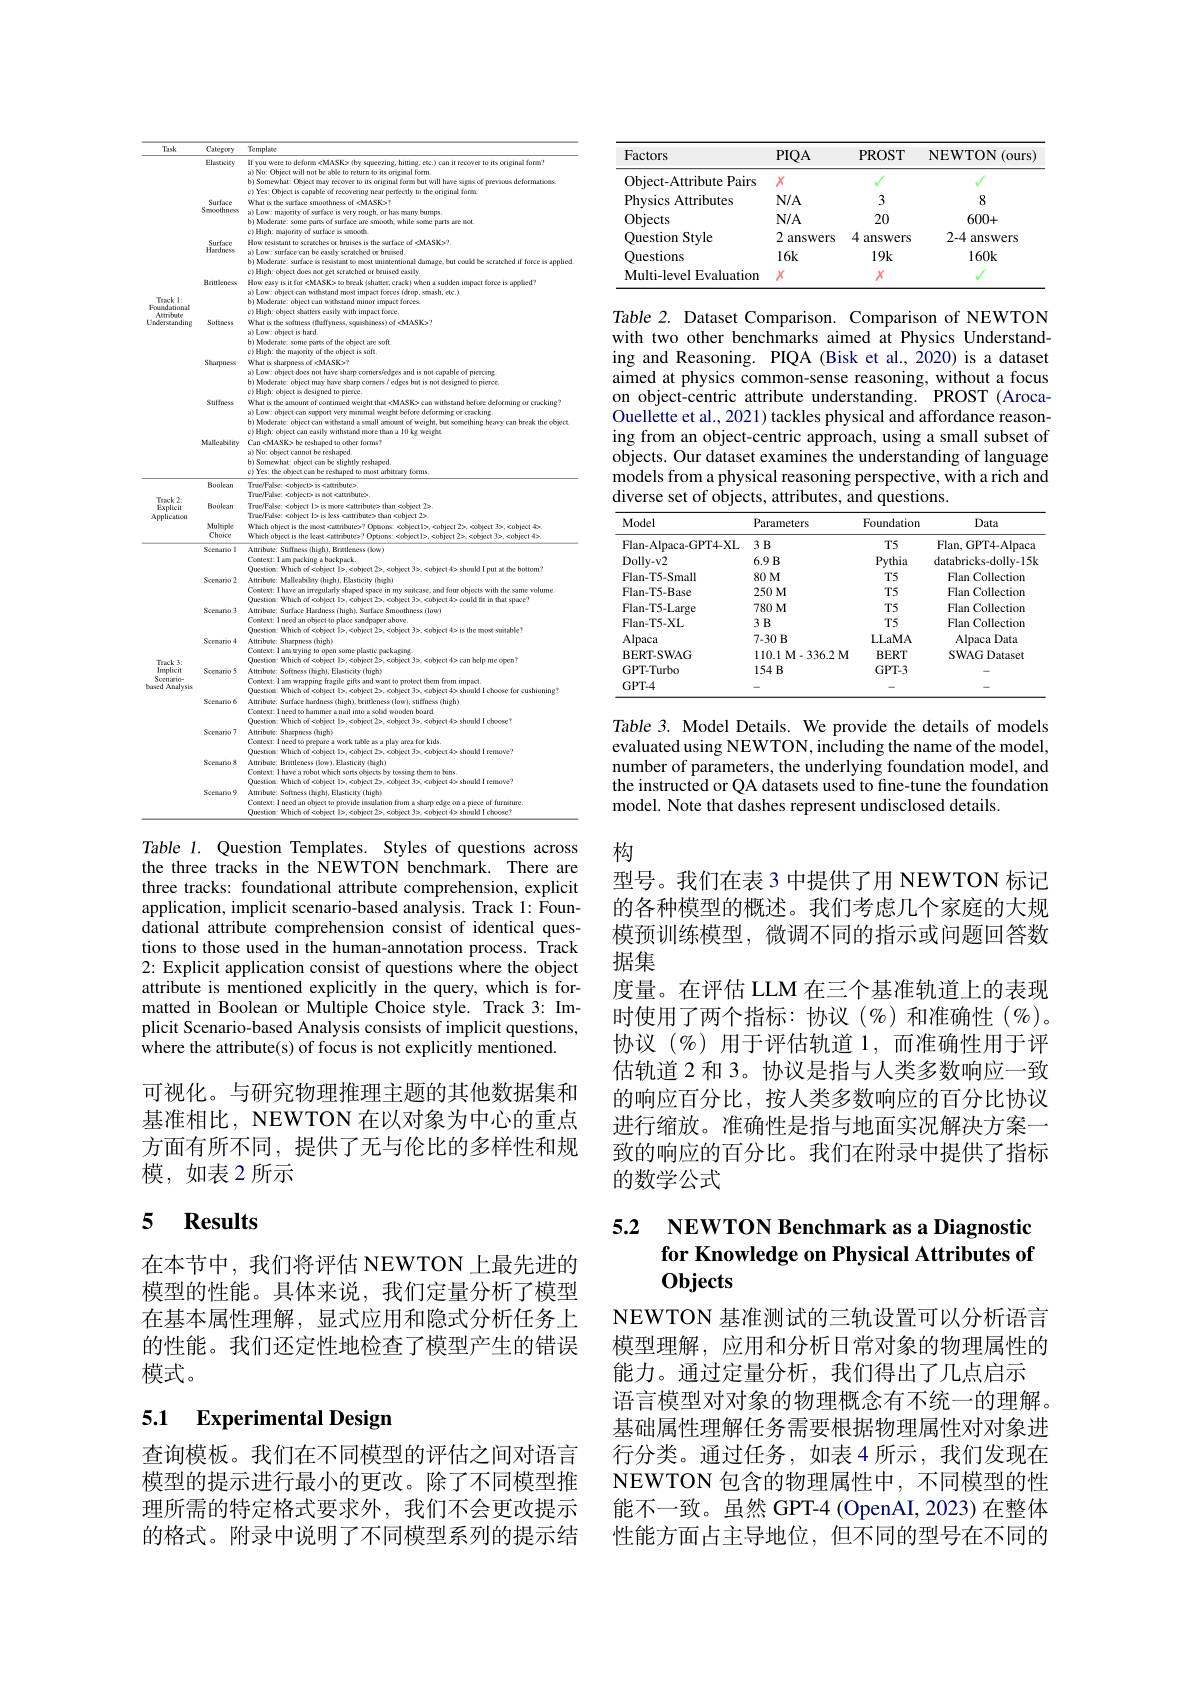
<table>
	<tbody>
		<tr>
			<th>$3sk$</th>
			<th>Category</th>
			<th>Template</th>
		</tr>
		<tr>
			<td> </td>
			<td>Elackticiry</td>
			<td>If you were to deform cMASK> (by squeezing, hittiag, etc.) can it recover to its original form? a) No: Object will not be abbe to return to its origimal form. b) Somewhat. Object may recover to its original forma but will have signs of previcas deformaticas c) Yes: Object is capable od recovering near perfectly to the original form</td>
		</tr>
		<tr>
			<td> </td>
			<td>Surfoce Smoothness</td>
			<td>What is the surface smoothness of cMASKs? a)Low: majonity of surface is very rough, or has many bumps. b) Moderate: some parts of surface are smocth, while scence parts are not c) High: majority od surface is smicodh</td>
		</tr>
		<tr>
			<td> </td>
			<td>SUTHKC Hardness</td>
			<td>b) Moderate: surface ks resistaat to most unintentional damage, but coušd be scratched if force is applie a) Low: surface can be easily scratched ce bruised C>Hieh $2sily$</td>
		</tr>
		<tr>
			<td>$\kappa k1:$ 1ational ribute</td>
			<td>Brittleness</td>
			<td>How easy is it for eMASKs to beeak (shutter, crack) when a sudden impoet force is appled? a) Low: object can withstand most impact forces (drop,smash, etc.) b) Moderate: object can wizhstand minor impact forces c) High: object shatters easily with impact force.</td>
		</tr>
		<tr>
			<td rowspan="4">$\kappa k1:$ 1ational ribute standing</td>
			<td>Ch</td>
			<td>a)Low: object is hard b) Moderate: some parts of the cbject are soft c) High: the majority of the object is soft.</td>
		</tr>
		<tr>
			<td>Sti M</td>
			<td>b) Moderate: object may have sharp corn c) High: cbject is designed to pierce s/ edges but is not designed to pierce</td>
		</tr>
		<tr>
			<td>Malle ability</td>
			<td>a) Low: object can support very minimal weight before deforming or cracking b) Moderate: object can withstand a small amount of weight, bot something heary can break the cobjec c) High: object can easily withstand more than a 10 kg weight Can cMASKs be reshared 10 other forms?</td>
		</tr>
		<tr>
			<td> </td>
			<td>b) Somewhat. object can be slightly reshaped c) Yes: the cbject cam be reshaped to most arbitrary forms.</td>
		</tr>
		<tr>
			<td rowspan="3">$\kappa k2:$ plicit ication</td>
			<td>Boolean</td>
			<td>True/False: <object> is <attribute> True/False: cobjects is mot cattnbutes</td>
		</tr>
		<tr>
			<td>Boolean</td>
			<td>True!False: <object l>is more éattribute> than écobject 2> TruefFalse: cobject Is is kess cattributes than cobject 25</td>
		</tr>
		<tr>
			<td>Multrple Choie</td>
			<td>wich object is the most camnbute stars pect. $\angle D$, ,1 oobject $,cobject4$ Whi</td>
		</tr>
		<tr>
			<td rowspan="3">$\kappa k2:$ plicit ication $ck3:$</td>
			<td>Scemario 1 T</td>
			<td>Attribute: Stiffuess (high), Brintleness (bow) Coutext: I am pocking a bockpack</td>
		</tr>
		<tr>
			<td>Scemario 2</td>
			<td>Questiom: Which of ecbject l>, <object Ž>, <cbject 3>, <object 4> shonld I put athe bottom? Attribuk: Malleability (high), Elssticity (high) Context: I have an imegularty shaped space in my suitcase, and four objects with the same volume</td>
		</tr>
		<tr>
			<td>Scemario 3</td>
			<td>Attribute: Surface Hardness (high), Surface Smoothness (low) Context: I need an object to place sandpaper above.</td>
		</tr>
		<tr>
			<td rowspan="6">$ck3:$ plicit nirio- Analysis</td>
			<td>Scemario 4</td>
			<td>Attribute: Sharpness (high) Coutext: I amn trying to open some plastic pockaging.</td>
		</tr>
		<tr>
			<td>Scemario 5</td>
			<td>Context: I am wrapping fragile gifts and want to protect them from impact. Attribuk: Softness Ohigh), Elasticity (high) Questicen: Which od cobject I>, cobject 25, cobject 3>, cobject 4> should I choose for cushioning?</td>
		</tr>
		<tr>
			<td>Scemario 6</td>
			<td>Attribute: Surface hardness (high), brittleness (low), stiffness (high) Coutext: I need to hammer a nail into a solad wooden board Questice: Which of ecbject |>,<object $2\Rightarrow,<$object 3>,<object 4> shonld I choose T</td>
		</tr>
		<tr>
			<td>Scemario 7</td>
			<td>Attribute: Sharpness (high) Coatext: I need to peepore a woek table as a play area for kids.</td>
		</tr>
		<tr>
			<td>Scemario 8</td>
			<td>Attribute: Brittleness (bow), Elasticity (high) Context: I have a robot which sorts cbjects by tossing them to bins. Owestice: Which od cobin ect 4> should I remowe?</td>
		</tr>
		<tr>
			<td>Scemario 9</td>
			<td>Attribute: Softness Ough), Elasticity (high) Coutext: I need an object to provide imsulation from a shaap eđge con a piece of furniture</td>
		</tr>
	</tbody>
</table>

Table 1. Question Templates. Styles of questions across the three tracks in the NEWTON benchmark. There are three tracks: foundational attribute comprehension, explicit application, implicit scenario-based analysis. Track 1: Foundational attribute comprehension consist of identical questions to those used in the human-annotation process. Track 2: Explicit application consist of questions where the object attribute is mentioned explicitly in the query, which is formatted in Boolean or Multiple Choice style. Track 3: Implicit Scenario-based Analysis consists of implicit questions, where the attribute(s) of focus is not explicitly mentioned.

可视化。与研究物理推理主题的其他数据集和基准相比，NEWTON 在以对象为中心的重点方面有所不同，提供了无与伦比的多样性和规模，如表 2 所示

# 5 $\mathbf{Results}$

在本节中，我们将评估 NEWTON 上最先进的模型的性能。具体来说，我们定量分析了模型在基本属性理解，显式应用和隐式分析任务上的性能。我们还定性地检查了模型产生的错误模式。

## 5.1 Experimental Design

查询模板。我们在不同模型的评估之间对语言模型的提示进行最小的更改。除了不同模型推理所需的特定格式要求外，我们不会更改提示的格式。附录中说明了不同模型系列的提示结

<table>
	<tbody>
		<tr>
			<th>Factors</th>
			<th>$PIQA$</th>
			<th>PROST</th>
			<th>NEWTON(ours)</th>
		</tr>
		<tr>
			<td>Object-Attribute ${\mathrm{e}}{\mathrm{Pairs}}$</td>
			<td>$X$</td>
			<td>T</td>
			<td>V</td>
		</tr>
		<tr>
			<td>Physics Attributes</td>
			<td>$N/A$</td>
			<td>3</td>
			<td>8</td>
		</tr>
		<tr>
			<td>Objects</td>
			<td>$N/A$</td>
			<td>20</td>
			<td>600+</td>
		</tr>
		<tr>
			<td>Question Style</td>
			<td>2 answers</td>
			<td>4 answers</td>
			<td>2-4 answers</td>
		</tr>
		<tr>
			<td>Questions</td>
			<td>$16k$</td>
			<td>$19k$</td>
			<td>$160k$</td>
		</tr>
		<tr>
			<td>Multi-level Evaluation</td>
			<td>$X$</td>
			<td>$X$</td>
			<td> </td>
		</tr>
	</tbody>
</table>

Table 2. Dataset Comparison. Comparison of NEWTON with two other benchmarks aimed at Physics Understanding and Reasoning. PIQA (Bisk et al., 2020) is a dataset aimed at physics common-sense reasoning, without a focus on object-centric attribute understanding. PROST (Aroca-) Ouellette et al., 2021) tackles physical and affordance reasoning from an object-centric approach, using a small subset of objects. Our dataset examines the understanding of language models from a physical reasoning perspective, with a rich and diverse set of objects, attributes, and questions.

<table>
	<tbody>
		<tr>
			<th>Model</th>
			<th>Parameters</th>
			<th>Foundation</th>
			<th>Data</th>
		</tr>
		<tr>
			<td>Flan-Alpaca-GPT4-XL</td>
			<td>$3B$</td>
			<td>$T5$</td>
			<td>Flan, GPT4- Alpaca</td>
		</tr>
		<tr>
			<td>Dolly- v2</td>
			<td>$6.9B$</td>
			<td>Pythia</td>
			<td>databricks-dolly-15k</td>
		</tr>
		<tr>
			<td>Flan-T5-Small</td>
			<td>$80M$</td>
			<td>$T5$</td>
			<td>Flan Collectiom</td>
		</tr>
		<tr>
			<td>Flan-T5-Base</td>
			<td>$250M$</td>
			<td>$T5$</td>
			<td>Flan Collectiom</td>
		</tr>
		<tr>
			<td>Flan-T5-Large</td>
			<td>$780M$</td>
			<td>$T5$</td>
			<td>Flan Collectiom</td>
		</tr>
		<tr>
			<td>Flan-T5-XL</td>
			<td>$3B$</td>
			<td>$T5$</td>
			<td>Flan Collectiom</td>
		</tr>
		<tr>
			<td>${\mathrm{Alpaca}}$</td>
			<td>7-30 B</td>
			<td>LLaMA</td>
			<td>Alpaca aData</td>
		</tr>
		<tr>
			<td>BERT-SWAG</td>
			<td>110.1 $\mathbf{M} - 336. 2$ $\mathbf{M}$</td>
			<td>BERT</td>
			<td>SWAG Dataset</td>
		</tr>
		<tr>
			<td>GPT-Turbo</td>
			<td>$154B$</td>
			<td>$GPT-3$</td>
			<td> </td>
		</tr>
		<tr>
			<td>GPT-4</td>
			<td> </td>
			<td> </td>
			<td> </td>
		</tr>
	</tbody>
</table>

Table 3. Model Details. We provide the details of models evaluated using NEWTON, including the name of the model, number of parameters, the underlying foundation model, and the instructed or QA datasets used to fine-tune the foundation model. Note that dashes represent undisclosed details.

# 构

型号。我们在表 3 中提供了用 NEWTON 标记的各种模型的概述。我们考虑几个家庭的大规模预训练模型，微调不同的指示或问题回答数据集
度量。在评估 LLM 在三个基准轨道上的表现时使用了两个指标：协议(%)和准确性(%)。协议(%)用于评估轨道 1,而准确性用于评估轨道 2 和 3。协议是指与人类多数响应一致的响应百分比，按人类多数响应的百分比协议进行缩放。准确性是指与地面实况解决方案一致的响应的百分比。我们在附录中提供了指标的数学公式

## 5.2 NEWTON Benchmark as a Diagnostio for Knowledge on Physical Attributes of Objects

NEWTON 基准测试的三轨设置可以分析语言模型理解，应用和分析日常对象的物理属性的能力。通过定量分析，我们得出了几点启示
语言模型对对象的物理概念有不统一的理解。基础属性理解任务需要根据物理属性对对象进行分类。通过任务，如表4 所示，我们发现在NEWTON 包含的物理属性中，不同模型的性能不一致。虽然 GPT-4 (OpenAI,2023) 在整体性能方面占主导地位，但不同的型号在不同的